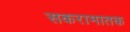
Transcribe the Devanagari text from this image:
सकरामातक